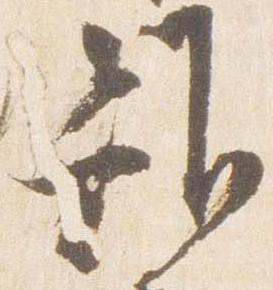
雖